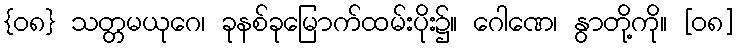
{၀၈} သတ္တမယုဂေ၊ ခုနစ်ခုမြောက်ထမ်းပိုး၌။ ဂေါဏေ၊ နွာတို့ကို။ [၀၈]